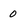
Character: 0